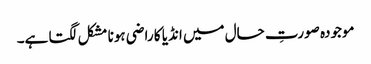
موجودہ صورتِ حال میں انڈیا کا راضی ہونا مشکل لگتا ہے۔